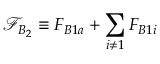
\mathcal { F } _ { B _ { 2 } } \equiv F _ { B 1 a } + \sum _ { i \neq 1 } F _ { B 1 i }